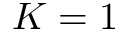
K = 1